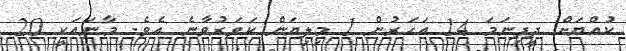
ކުއްޔަށް ދީފިނަމަ 14 އަހަރުން 1 މިލިޔަން ކަވަރުވާނެ އެވެ. މާނައަކީ 20